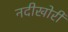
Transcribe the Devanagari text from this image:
नदीखोरी